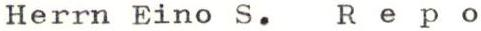
Herrn Eino S. Repo